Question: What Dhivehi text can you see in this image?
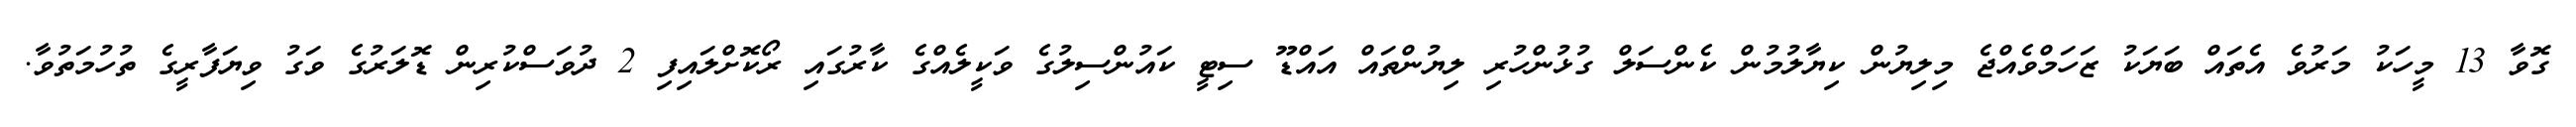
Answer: ގޮވާ 13 މީހަކު މަރުވެ އެތައް ބަޔަކު ޒަހަމްވެއްޖެ މިލިޔުން ކިޔާލުމުން ކެންސަލް ގުޅުންހުރި ލިޔުންތައް އައްޑޫ ސިޓީ ކައުންސިލުގެ ވަކީލެއްގެ ކާރުގައި ރޯކޮށްލައިފި 2 ދުވަސްކުރިން ޑޮލަރުގެ ވަގު ވިޔަފާރީގެ ތުހުމަތުވާ.